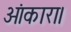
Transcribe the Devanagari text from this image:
ओंकारा।